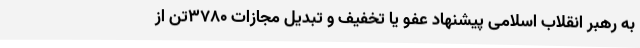
به رهبر انقلاب اسلامی پیشنهاد عفو یا تخفیف و تبدیل مجازات 3780تن از